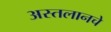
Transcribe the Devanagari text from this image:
अस्तलानचे